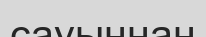
сауыннан